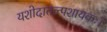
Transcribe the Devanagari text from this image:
यशोदातल्पशायकः।